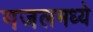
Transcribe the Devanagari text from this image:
गजलमध्ये